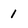
Character: 1